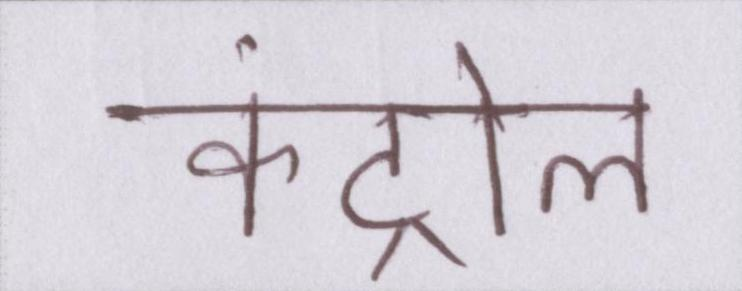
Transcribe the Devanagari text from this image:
कंट्रोल